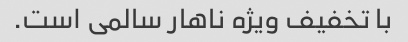
با تخفیف ویژه ناهار سالمی است.